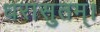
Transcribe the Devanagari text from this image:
धरासुतम्।